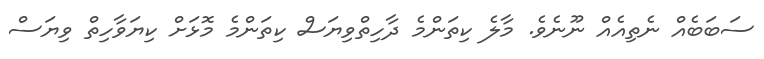
ސަބަބެއް ނެތިއެއް ނޫނެވެ. މާލެ ކިތަންމެ ދާހިތްވިޔަސް ކިތަންމެ މޮޅަށް ކިޔަވާހިތް ވިޔަސް